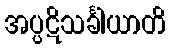
အပ္ပဋိသင်္ခါယာတိ